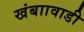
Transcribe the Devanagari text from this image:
खंबाावाडी